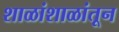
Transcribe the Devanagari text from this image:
शाळांशाळांतून